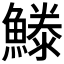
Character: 𩺭